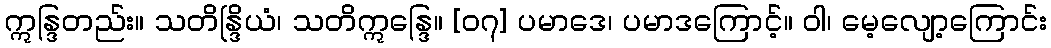
ဣန္ဒြတည်း။ သတိန္ဒြိယံ၊ သတိဣန္ဒြေ။ [၀၇] ပမာဒေ၊ ပမာဒကြောင့်။ ဝါ၊ မေ့လျော့ကြောင်း